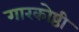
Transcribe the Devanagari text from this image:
गारकोष्ठी